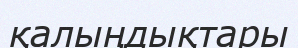
қалыңдықтары